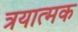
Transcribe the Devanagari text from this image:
त्रयात्मक